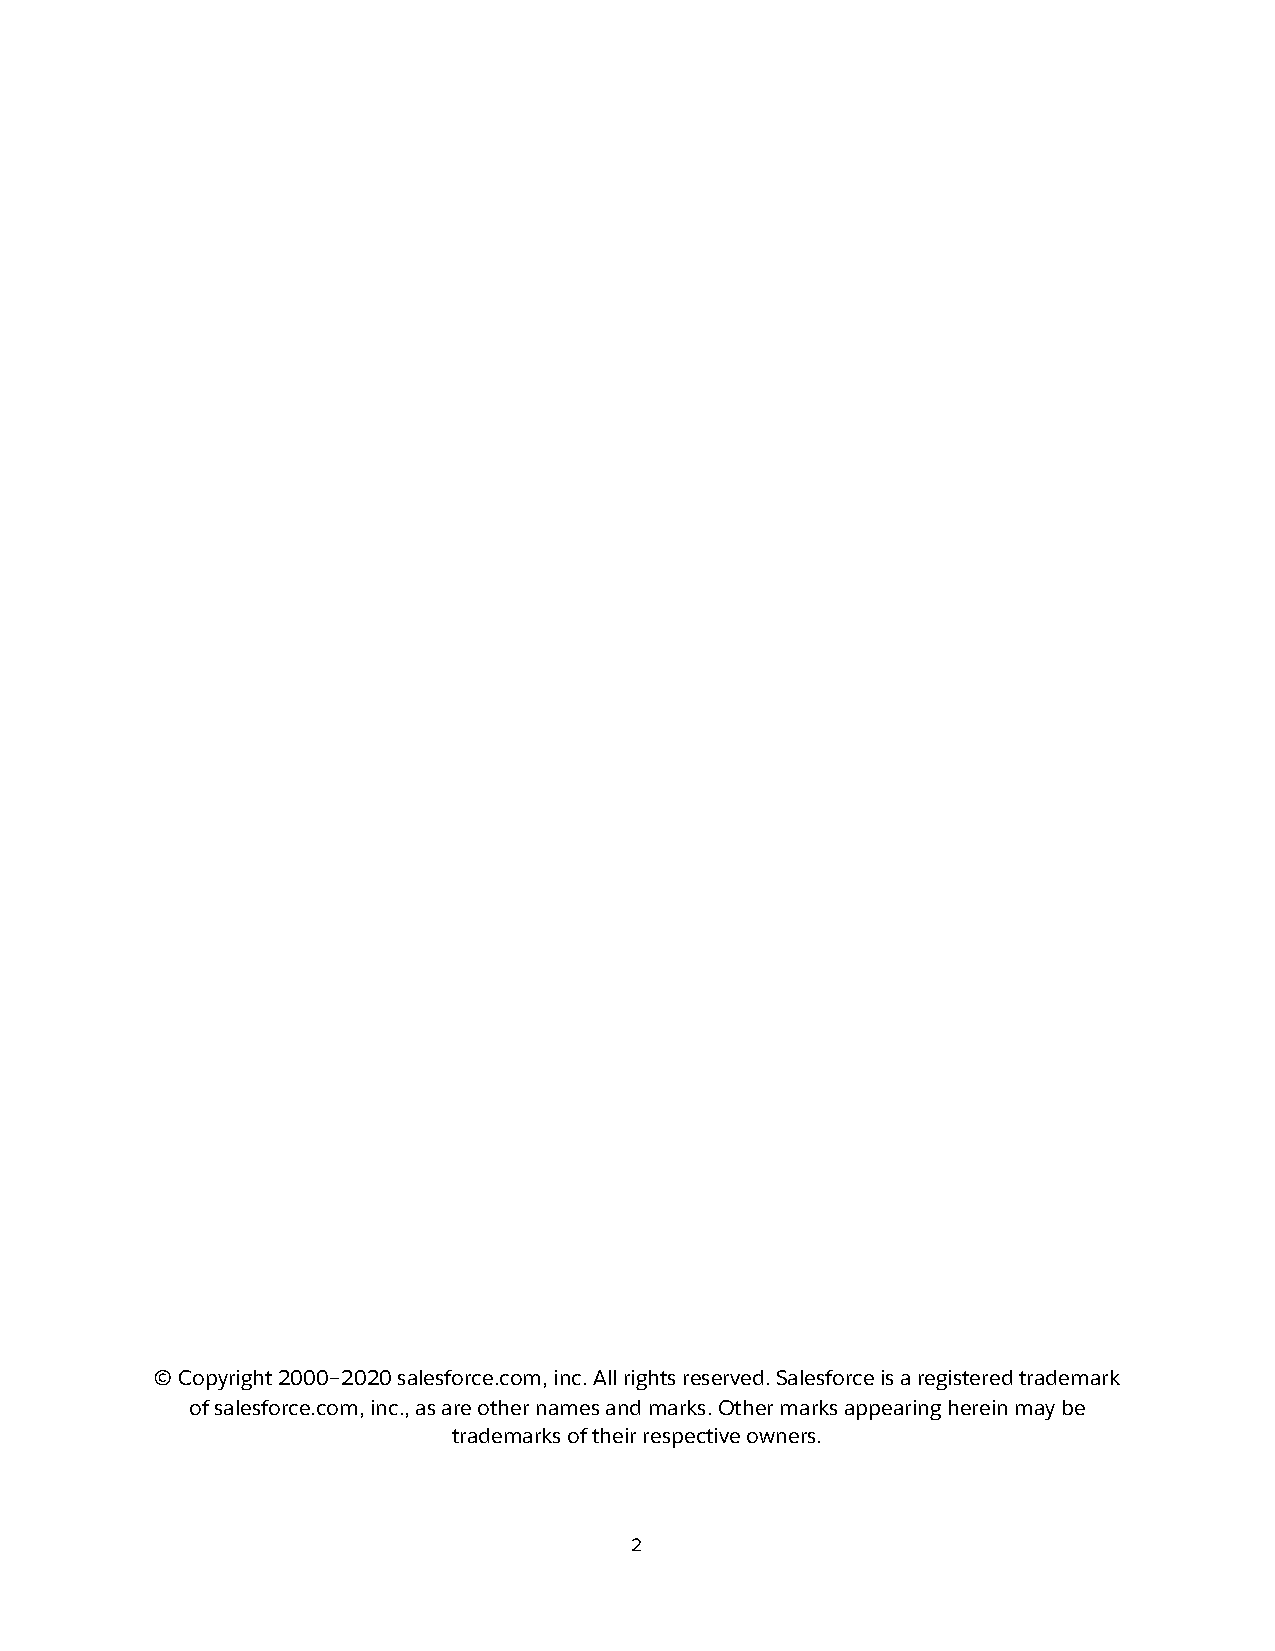
© Copyright 2000–2020 salesforce.com, inc. All rights reserved. Salesforce is a registered trademark
 of salesforce.com, inc., as are other names and marks. Other marks appearing herein may be
 trademarks of their respective owners.
 2